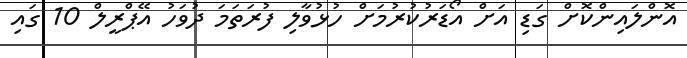
އޮންލައިންކޮށް ގަޑި އަށް އޯޑަރުކުރުމަށް ހުޅުވާލި ފުރަތަމަ ދުވަހު އޭޕްރީލް 10 ގައި